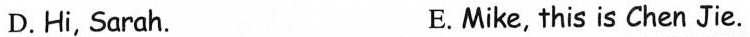
D. Hi, Sarah. E.Mike, this is Chen Jie.